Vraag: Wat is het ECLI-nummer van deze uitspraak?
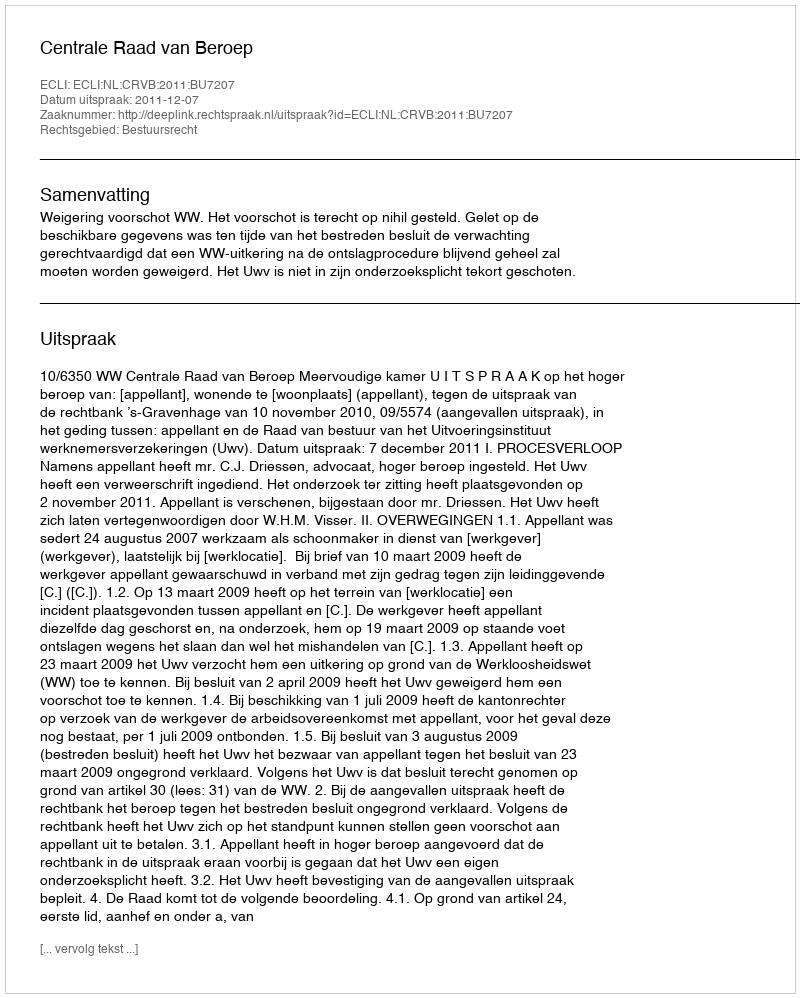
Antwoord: ECLI:NL:CRVB:2011:BU7207